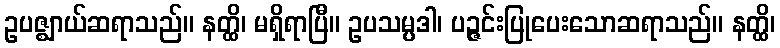
ဥပဇ္ဈာယ်ဆရာသည်။ နတ္ထိ၊ မရှိရာပြီ။ ဥပသမ္ပဒါ၊ ပဉ္ဇင်းပြုပေးသောဆရာသည်။ နတ္ထိ၊